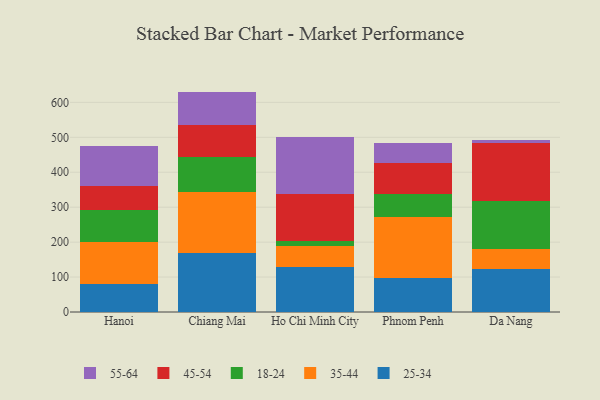
{"axis": {"x": "City", "y": "Headcount"}, "legend": ["18-24", "25-34", "35-44", "45-54", "55-64"], "data": [{"x": "Hanoi", "y": 81.1, "type": "25-34"}, {"x": "Hanoi", "y": 119.2, "type": "35-44"}, {"x": "Hanoi", "y": 91.8, "type": "18-24"}, {"x": "Hanoi", "y": 69.0, "type": "45-54"}, {"x": "Hanoi", "y": 113.2, "type": "55-64"}, {"x": "Chiang Mai", "y": 169.0, "type": "25-34"}, {"x": "Chiang Mai", "y": 173.2, "type": "35-44"}, {"x": "Chiang Mai", "y": 102.0, "type": "18-24"}, {"x": "Chiang Mai", "y": 92.4, "type": "45-54"}, {"x": "Chiang Mai", "y": 94.3, "type": "55-64"}, {"x": "Ho Chi Minh City", "y": 127.5, "type": "25-34"}, {"x": "Ho Chi Minh City", "y": 62.0, "type": "35-44"}, {"x": "Ho Chi Minh City", "y": 13.2, "type": "18-24"}, {"x": "Ho Chi Minh City", "y": 134.8, "type": "45-54"}, {"x": "Ho Chi Minh City", "y": 162.4, "type": "55-64"}, {"x": "Phnom Penh", "y": 97.3, "type": "25-34"}, {"x": "Phnom Penh", "y": 175.5, "type": "35-44"}, {"x": "Phnom Penh", "y": 66.1, "type": "18-24"}, {"x": "Phnom Penh", "y": 86.4, "type": "45-54"}, {"x": "Phnom Penh", "y": 58.6, "type": "55-64"}, {"x": "Da Nang", "y": 124.4, "type": "25-34"}, {"x": "Da Nang", "y": 57.1, "type": "35-44"}, {"x": "Da Nang", "y": 135.7, "type": "18-24"}, {"x": "Da Nang", "y": 166.2, "type": "45-54"}, {"x": "Da Nang", "y": 9.8, "type": "55-64"}]}